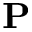
\mathbf { P }